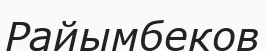
Райымбеков